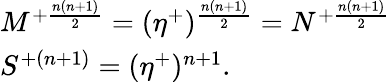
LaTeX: \begin{array}{lcr}{{M^{+{\frac{n(n+1)}{2}}}=(\eta^{+})^{{\frac{n(n+1)}{2}}}=N^{+{\frac{n(n+1)}{2}}}}}\\ {{S^{+(n+1)}=(\eta^{+})^{n+1}.}}\end{array}